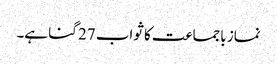
نماز باجماعت کا ثواب 27 گنا ہے۔